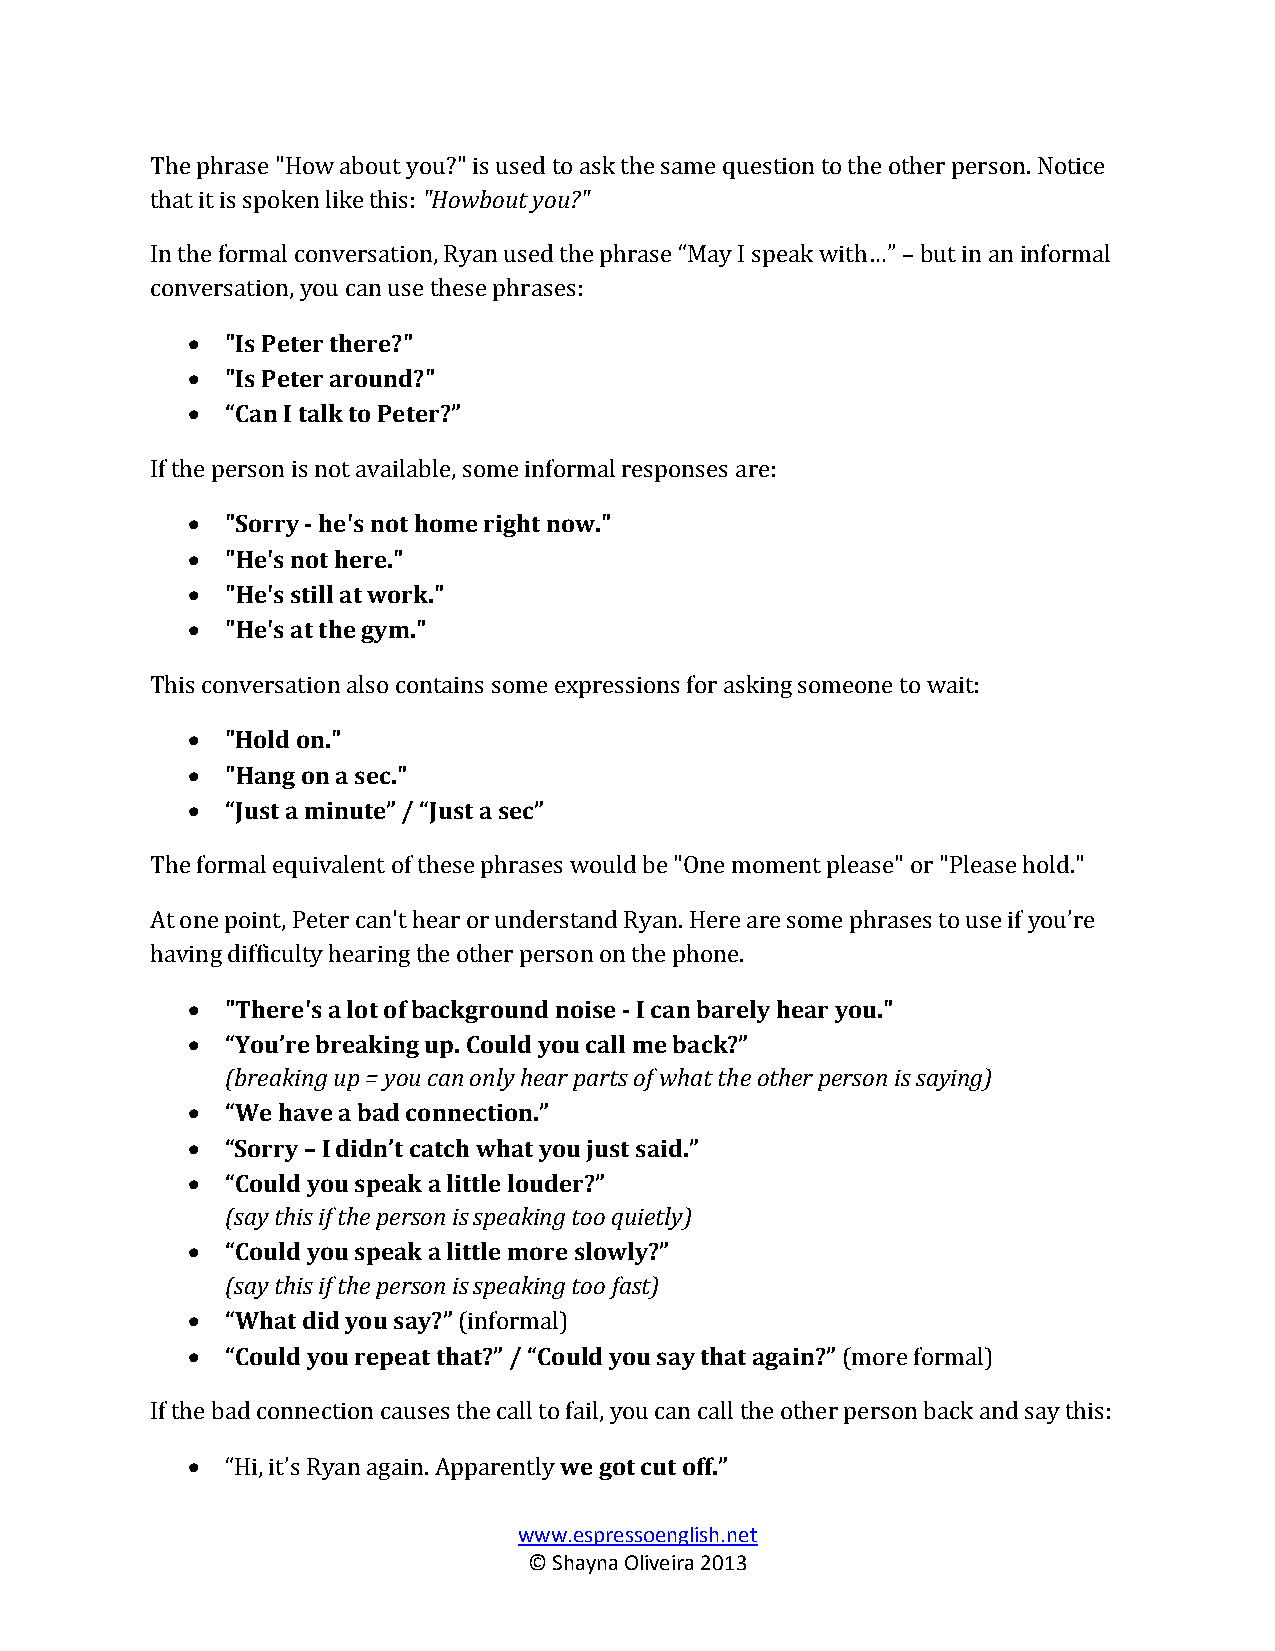
The phrase "How about you?" is used to ask the same question to the other person. Notice
 that it is spoken like this: "Howbout you?"
 In the formal conversation, Ryan used the phrase “May I speak with…” – but in an informal
 conversation, you can use these phrases:
   "Is Peter there?"
   "Is Peter around?"
   “Can I talk to Peter?”
 If the person is not available, some informal responses are:
   "Sorry - he's not home right now."
   "He's not here."
   "He's still at work."
   "He's at the gym."
 This conversation also contains some expressions for asking someone to wait:
   "Hold on."
   "Hang on a sec."
   “Just a minute” / “Just a sec”
 The formal equivalent of these phrases would be "One moment please" or "Please hold."
 At one point, Peter can't hear or understand Ryan. Here are some phrases to use if you’re
 having difficulty hearing the other person on the phone.
   "There's a lot of background noise - I can barely hear you."
   “You’re breaking up. Could you call me back?”
 (breaking up = you can only hear parts of what the other person is saying)
   “We have a bad connection.”
   “Sorry – I didn’t catch what you just said.”
   “Could you speak a little louder?”
 (say this if the person is speaking too quietly)
   “Could you speak a little more slowly?”
 (say this if the person is speaking too fast)
   “What did you say?” (informal)
   “Could you repeat that?” / “Could you say that again?” (more formal)
 If the bad connection causes the call to fail, you can call the other person back and say this:
   “Hi, it’s Ryan again. Apparently we got cut off.”
 www.espressoenglish.net
 © Shayna Oliveira 2013